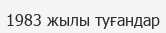
1983 жылы туғандар